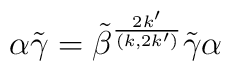
\alpha \tilde{\gamma}=\tilde{\beta}^{\frac{2k'}{(k,2k')}} \tilde{\gamma} \alpha